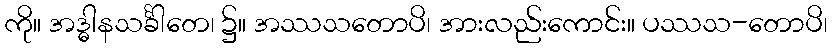
ကို။ အဒ္ဓါနသင်္ခါတေ၊ ၌။ အဿသတောပိ၊ အားလည်းကောင်း။ ပဿသ-တောပိ၊